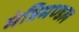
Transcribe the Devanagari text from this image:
मंत्रिमण्‍डल